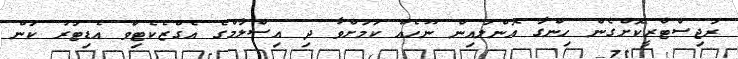
ރަޖިސްޓްރީކޮށްގެން ހިންގާ އޮންލައިން ނޫހެއް ކަމަށްވާ ދި އިސްލާމްގެ އެގްޒެކެޓިވް އެޑިޓަރު ކަން